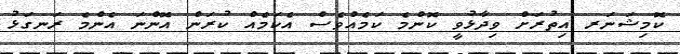
ކޮމިޝަނަރ އިތުރަށް ވިދާޅުވީ ކޮންމެ ކަމެއްވެސް އެކަމެއް ކުރަން އޮންނަ އެންމެ ރަނގަޅު